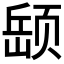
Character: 𫖵